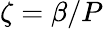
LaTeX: \zeta=\beta/P